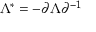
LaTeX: \Lambda ^ { * } = - \partial \Lambda \partial ^ { - 1 }